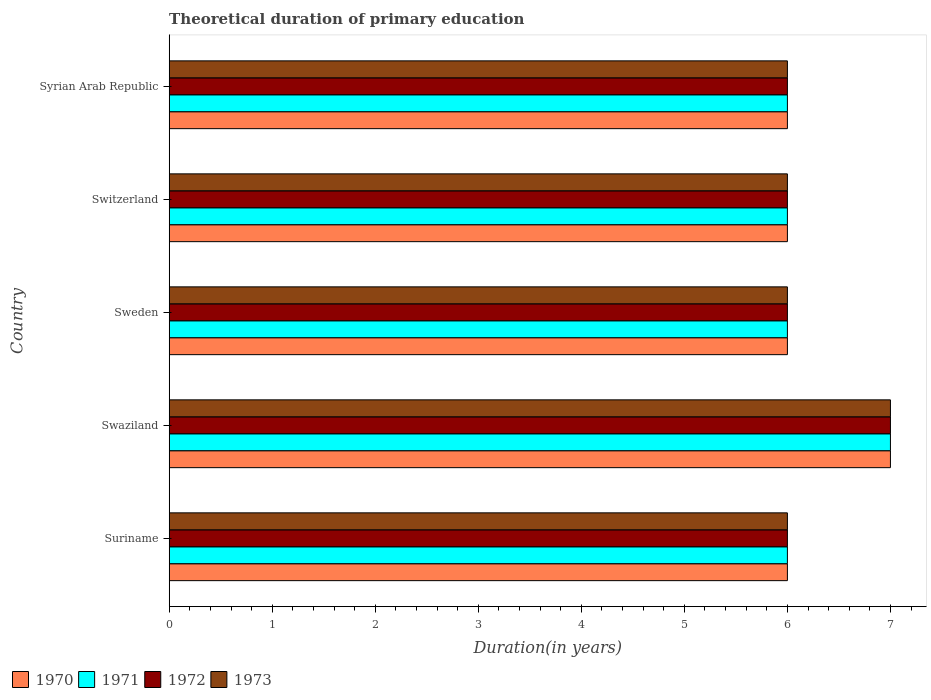
| Country | 1970 | 1971 | 1972 | 1973 |
 | --- | --- | --- | --- | --- |
 | Suriname | 6 | 6 | 6 | 6 |
 | Swaziland | 7 | 7 | 7 | 7 |
 | Sweden | 6 | 6 | 6 | 6 |
 | Switzerland | 6 | 6 | 6 | 6 |
 | Syrian Arab Republic | 6 | 6 | 6 | 6 |